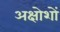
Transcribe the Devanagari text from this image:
अक्षोशों